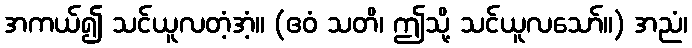
အကယ်၍ သင်ယူလတံ့အံ့။ (ဧဝံ သတိ၊ ဤသို့ သင်ယူလသော်။) အညံ၊